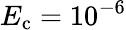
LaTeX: E_{\mathrm{c}}=10^{-6}